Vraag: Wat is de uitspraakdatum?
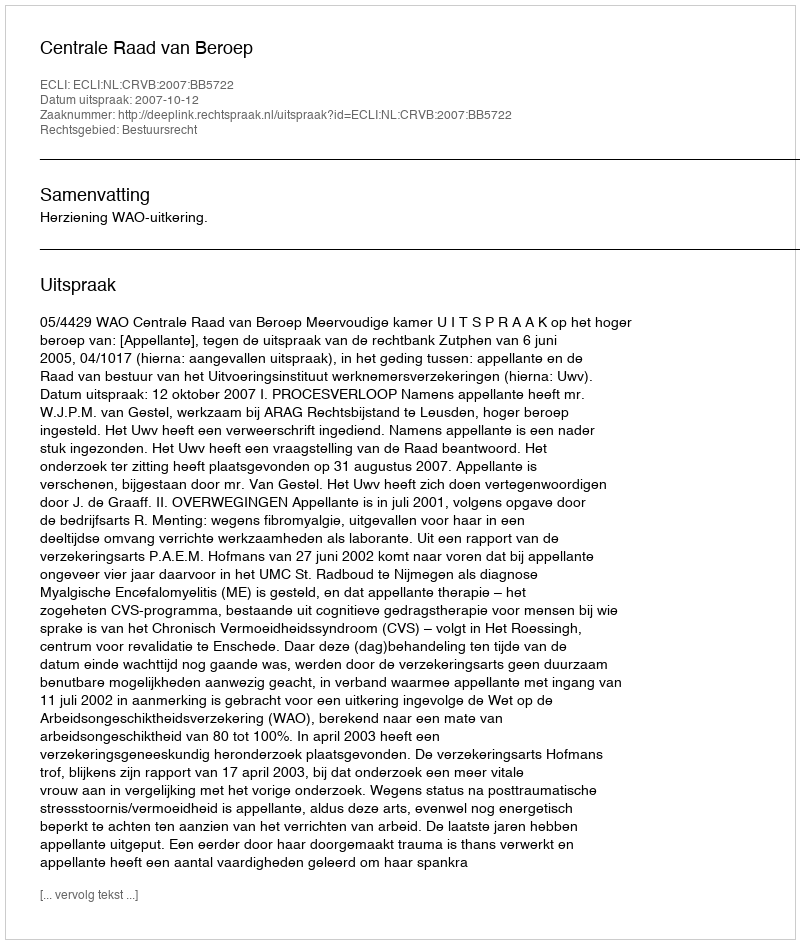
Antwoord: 2007-10-12